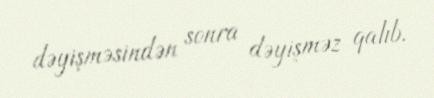
dəyişməsindən sonra dəyişməz qalıb.